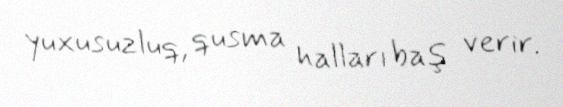
yuxusuzluq, qusma halları baş verir.